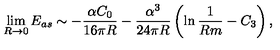
\lim _ { R \rightarrow 0 } E _ { a s } \sim - \frac { \alpha C _ { 0 } } { 1 6 \pi R } - \frac { \alpha ^ { 3 } } { 2 4 \pi R } \left( \ln \frac { 1 } { R m } - C _ { 3 } \right) ,